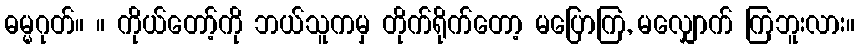
ဓမ္မဂုတ်။ ။ ကိုယ်တော့်ကို ဘယ်သူကမှ တိုက်ရိုက်တော့ မပြောကြ, မလျှောက် ကြဘူးလား။